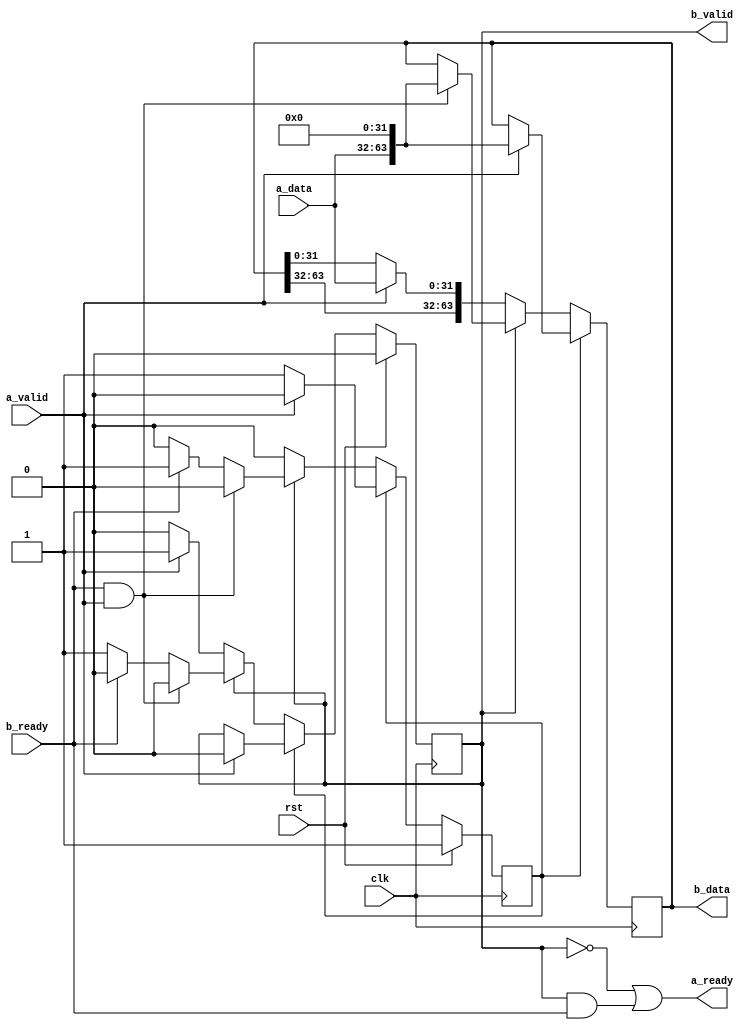
module fifo_1d_32to64(
    input  wire         clk,
    input  wire         rst,
    // Incoming port
    input  wire [31:0]  a_data,
    input  wire         a_valid,
    output wire         a_ready,
    // Outgoing port
    output wire [63:0]  b_data,
    output wire         b_valid,
    input  wire         b_ready
);

    reg [63:0] fifo;
    reg fifo_full;
    reg fifo_empty;
    always @(posedge clk) begin
        if (fifo_empty) begin
            // Output invalid, if with valid input, fill input
            if (a_valid) begin
                fifo <= {a_data, 32'b0};
                fifo_empty <= 1'b0;
                fifo_full <= 1'b0;
            end
        end
        else if (fifo_full) begin
            // Output valid, input not ready, if with valid output, shift
            if (b_ready && a_valid) begin
                fifo <= {a_data, 32'b0};
                fifo_empty <= 1'b0;
                fifo_full <= 1'b0;
            end
            else if (b_ready) begin
                fifo_full <= 1'b0;
                fifo_empty <= 1'b1;
            end
        end
        else begin
            // Half empty, output not valid, input ready
            if (a_valid) begin
                fifo <= {fifo[63:32], a_data};
                fifo_full <= 1'b1;
                fifo_empty <= 1'b0;
            end
        end

        if (rst) begin
            fifo_full <= 1'b0;
            fifo_empty <= 1'b1;
        end
    end

    // RX data if fifo is empty
    assign a_ready = !fifo_full || (fifo_full && b_ready);
    assign b_valid = fifo_full;
    assign b_data = fifo;

endmodule